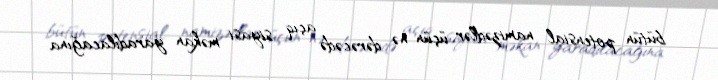
bütün potensial namizədlər üçün nə dərəcədə açıq siyasi məkan yaradılacağına